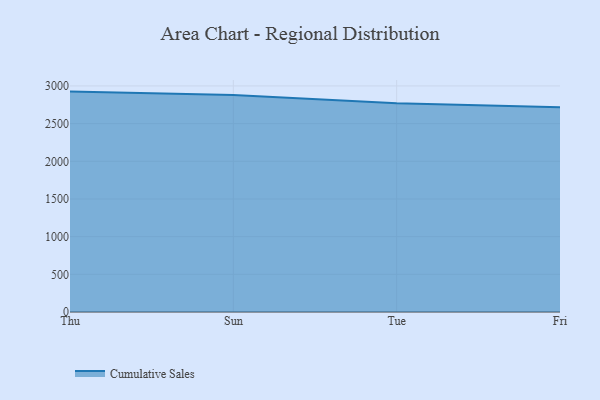
{"axis": {"x": "Day", "y": "Waste Production (Tons)"}, "legend": ["Cumulative Sales"], "data": [{"x": "Thu", "y": 2925.0, "type": "Cumulative Sales"}, {"x": "Sun", "y": 2879.4, "type": "Cumulative Sales"}, {"x": "Tue", "y": 2770.5, "type": "Cumulative Sales"}, {"x": "Fri", "y": 2718.0, "type": "Cumulative Sales"}]}